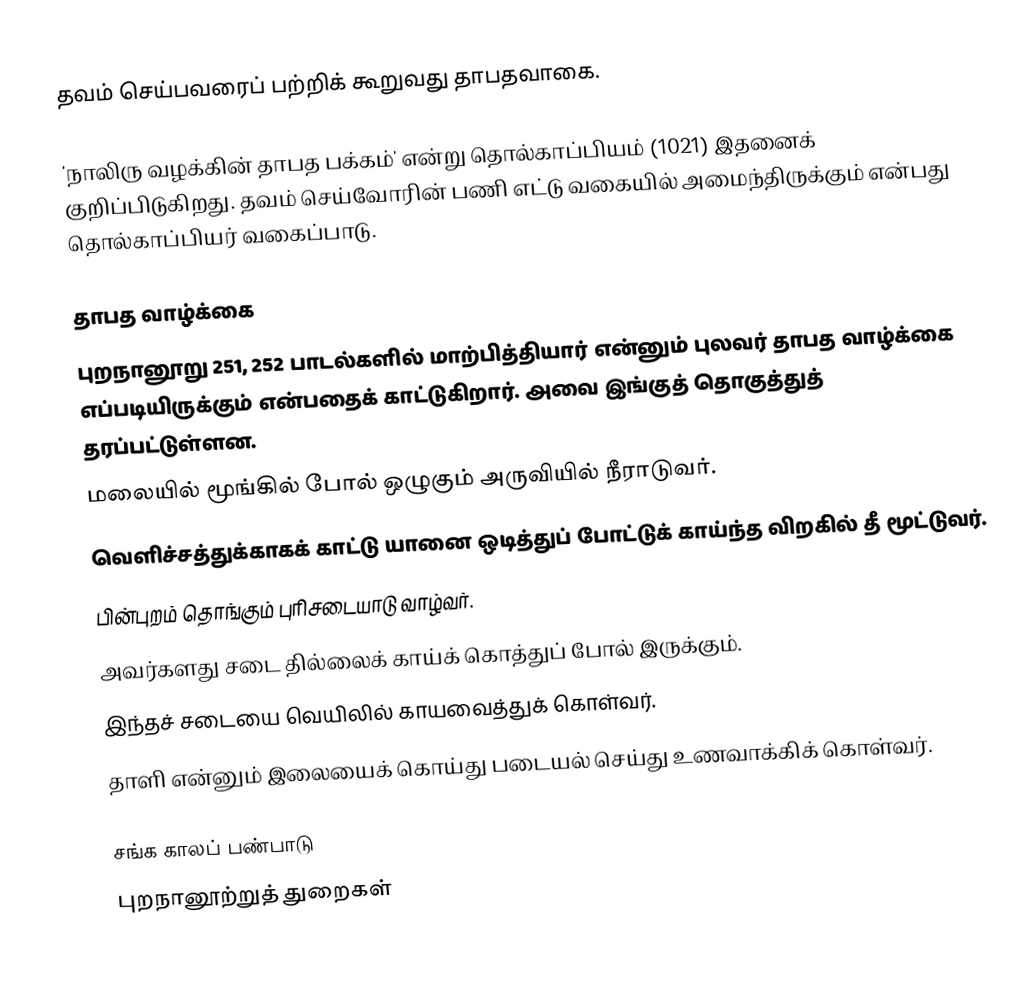
தவம் செய்பவரைப் பற்றிக் கூறுவது தாபதவாகை.

'நாலிரு வழக்கின் தாபத பக்கம்' என்று தொல்காப்பியம் (1021) இதனைக் குறிப்பிடுகிறது. தவம் செய்வோரின் பணி எட்டு வகையில் அமைந்திருக்கும் என்பது தொல்காப்பியர் வகைப்பாடு.

தாபத வாழ்க்கை
புறநானூறு 251, 252 பாடல்களில் மாற்பித்தியார் என்னும் புலவர் தாபத வாழ்க்கை எப்படியிருக்கும் என்பதைக் காட்டுகிறார். அவை இங்குத் தொகுத்துத் தரப்பட்டுள்ளன.
 மலையில் மூங்கில் போல் ஒழுகும் அருவியில் நீராடுவர்.
 வெளிச்சத்துக்காகக் காட்டு யானை ஒடித்துப் போட்டுக் காய்ந்த விறகில் தீ மூட்டுவர்.
 பின்புறம் தொங்கும் புரிசடையாடு வாழ்வர்.
 அவர்களது சடை தில்லைக் காய்க் கொத்துப் போல் இருக்கும்.
 இந்தச் சடையை வெயிலில் காயவைத்துக் கொள்வர்.
 தாளி என்னும் இலையைக் கொய்து படையல் செய்து உணவாக்கிக் கொள்வர்.

சங்க காலப் பண்பாடு
புறநானூற்றுத் துறைகள்